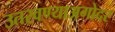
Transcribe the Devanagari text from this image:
उतरवण्याअगोदर